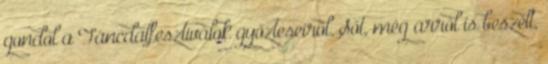
gondol a Táncdalfesztiválok győzteseiről. Sőt, még arról is beszélt,